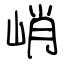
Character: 峭